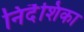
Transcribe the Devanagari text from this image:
निर्दॆशिका